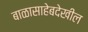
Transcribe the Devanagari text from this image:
बाळासाहेबदेखील